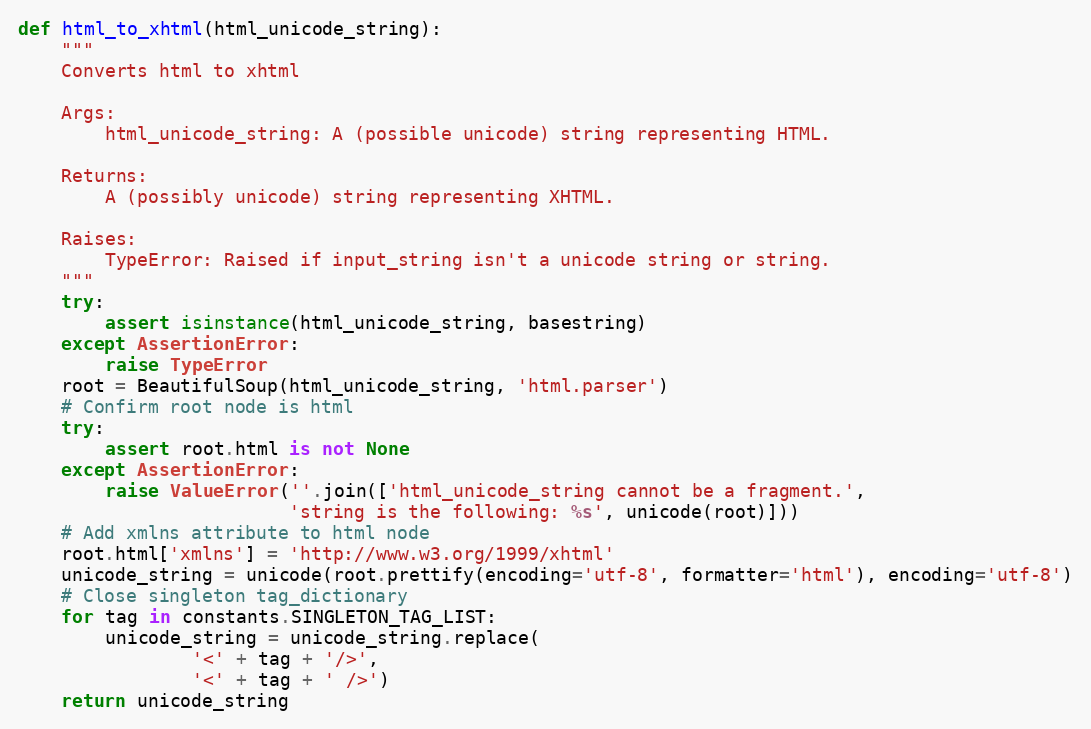
Language: Python
def html_to_xhtml(html_unicode_string):
    """
    Converts html to xhtml

    Args:
        html_unicode_string: A (possible unicode) string representing HTML.

    Returns:
        A (possibly unicode) string representing XHTML.

    Raises:
        TypeError: Raised if input_string isn't a unicode string or string.
    """
    try:
        assert isinstance(html_unicode_string, basestring)
    except AssertionError:
        raise TypeError
    root = BeautifulSoup(html_unicode_string, 'html.parser')
    # Confirm root node is html
    try:
        assert root.html is not None
    except AssertionError:
        raise ValueError(''.join(['html_unicode_string cannot be a fragment.',
                         'string is the following: %s', unicode(root)]))
    # Add xmlns attribute to html node
    root.html['xmlns'] = 'http://www.w3.org/1999/xhtml'
    unicode_string = unicode(root.prettify(encoding='utf-8', formatter='html'), encoding='utf-8')
    # Close singleton tag_dictionary
    for tag in constants.SINGLETON_TAG_LIST:
        unicode_string = unicode_string.replace(
                '<' + tag + '/>',
                '<' + tag + ' />')
    return unicode_string